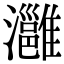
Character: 灉